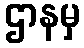
ဌာနမှ